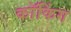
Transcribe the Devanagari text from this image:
कॉकिंग